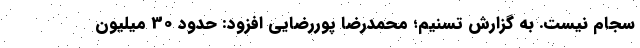
سجام نیست. به گزارش تسنیم؛ محمدرضا پوررضایی افزود: حدود 30 میلیون